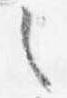
之